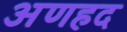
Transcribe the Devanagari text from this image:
अणहद